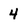
Character: 4